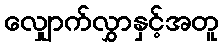
လျှောက်လွှာနှင့်အတူ